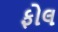
ફોલ